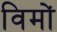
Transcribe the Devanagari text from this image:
विमों